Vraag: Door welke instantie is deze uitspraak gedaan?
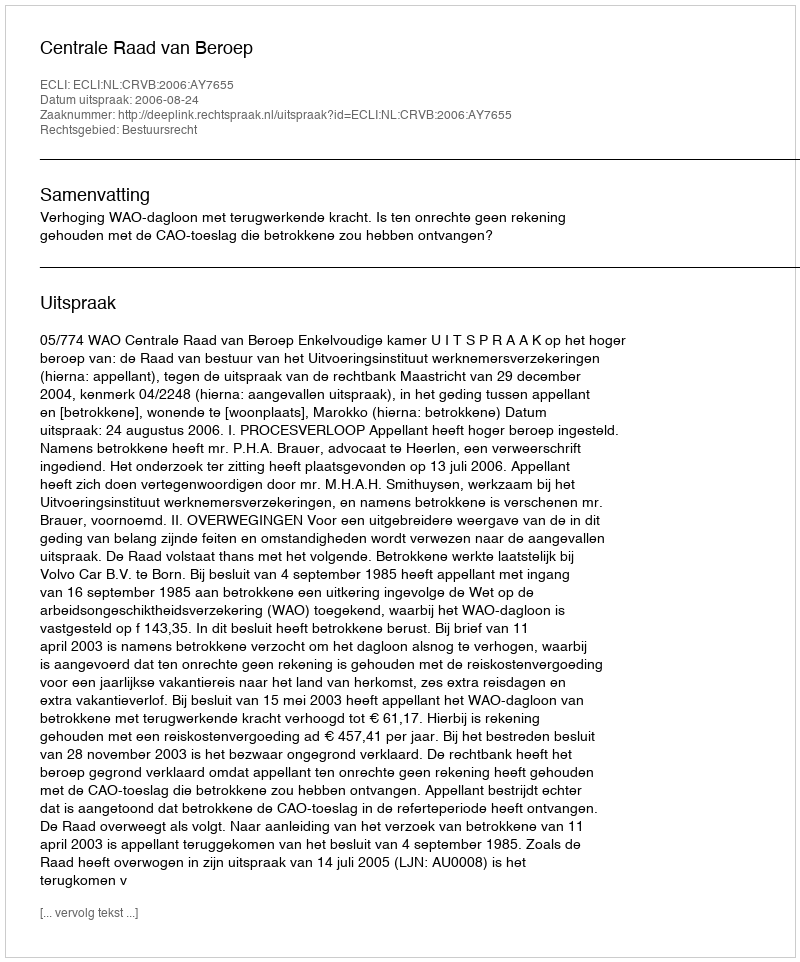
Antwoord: Centrale Raad van Beroep